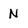
Character: N